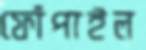
ফোঁপাইল